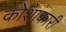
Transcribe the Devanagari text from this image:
कोशाकारी